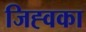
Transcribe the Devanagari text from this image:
जिह्वका